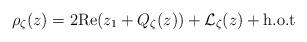
LaTeX: \begin{align*}\rho_\zeta(z)= 2\mathrm{Re}(z_1 + Q_\zeta(z)) + \mathcal L_\zeta(z) + \mathrm{h.o.t}\end{align*}